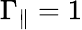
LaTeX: \Gamma_{\parallel}=1